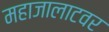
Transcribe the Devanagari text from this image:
महाजालाटवर